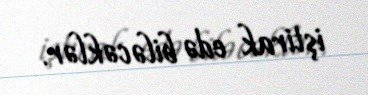
iştirak edə biləcəklər.